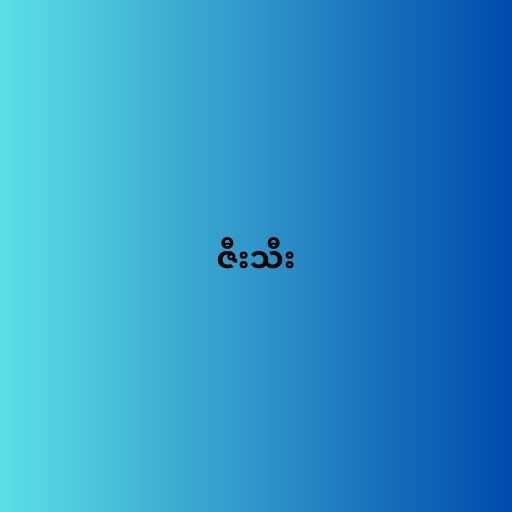
ဇီးသီး